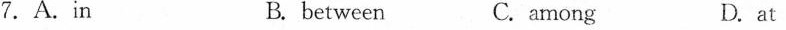
7.A.in B. between C. among D. at